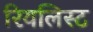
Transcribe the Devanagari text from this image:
रियलिस्ट